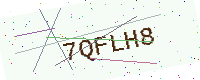
Text: 7QFLH8